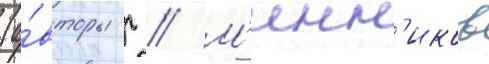
(а́вторы г // М'инн'иков